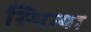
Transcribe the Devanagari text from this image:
स्थित्या